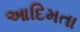
આદિમતા